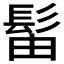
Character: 𫘼